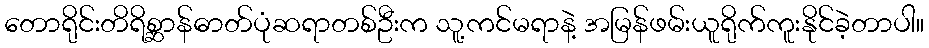
တောရိုင်းတိရိစ္ဆာန်ဓာတ်ပုံဆရာတစ်ဦးက သူ့ကင်မရာနဲ့ အမြန်ဖမ်းယူရိုက်ကူးနိုင်ခဲ့တာပါ။